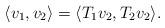
LaTeX: \begin{align*}\langle v_1,v_2\rangle=\langle T_1v_2,T_2v_2\rangle.\end{align*}